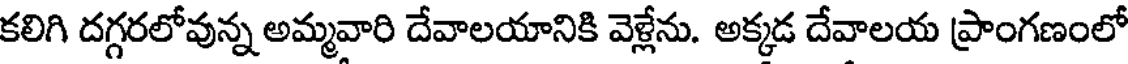
కలిగి దగ్గరలోవున్న అమ్మవారి దేవాలయానికి వెళ్లేను. అక్కడ దేవాలయ ప్రాంగణంలో